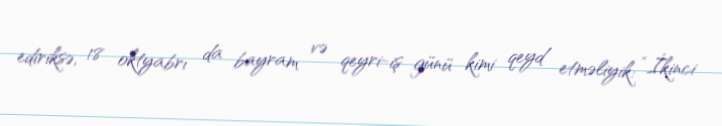
ediriksə, 18 oktyabrı da bayram və qeyri-iş günü kimi qeyd etməliyik: “İkinci